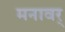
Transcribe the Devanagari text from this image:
मनावर्